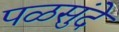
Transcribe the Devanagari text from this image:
पळसुंदे